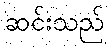
ဆင်းသည်